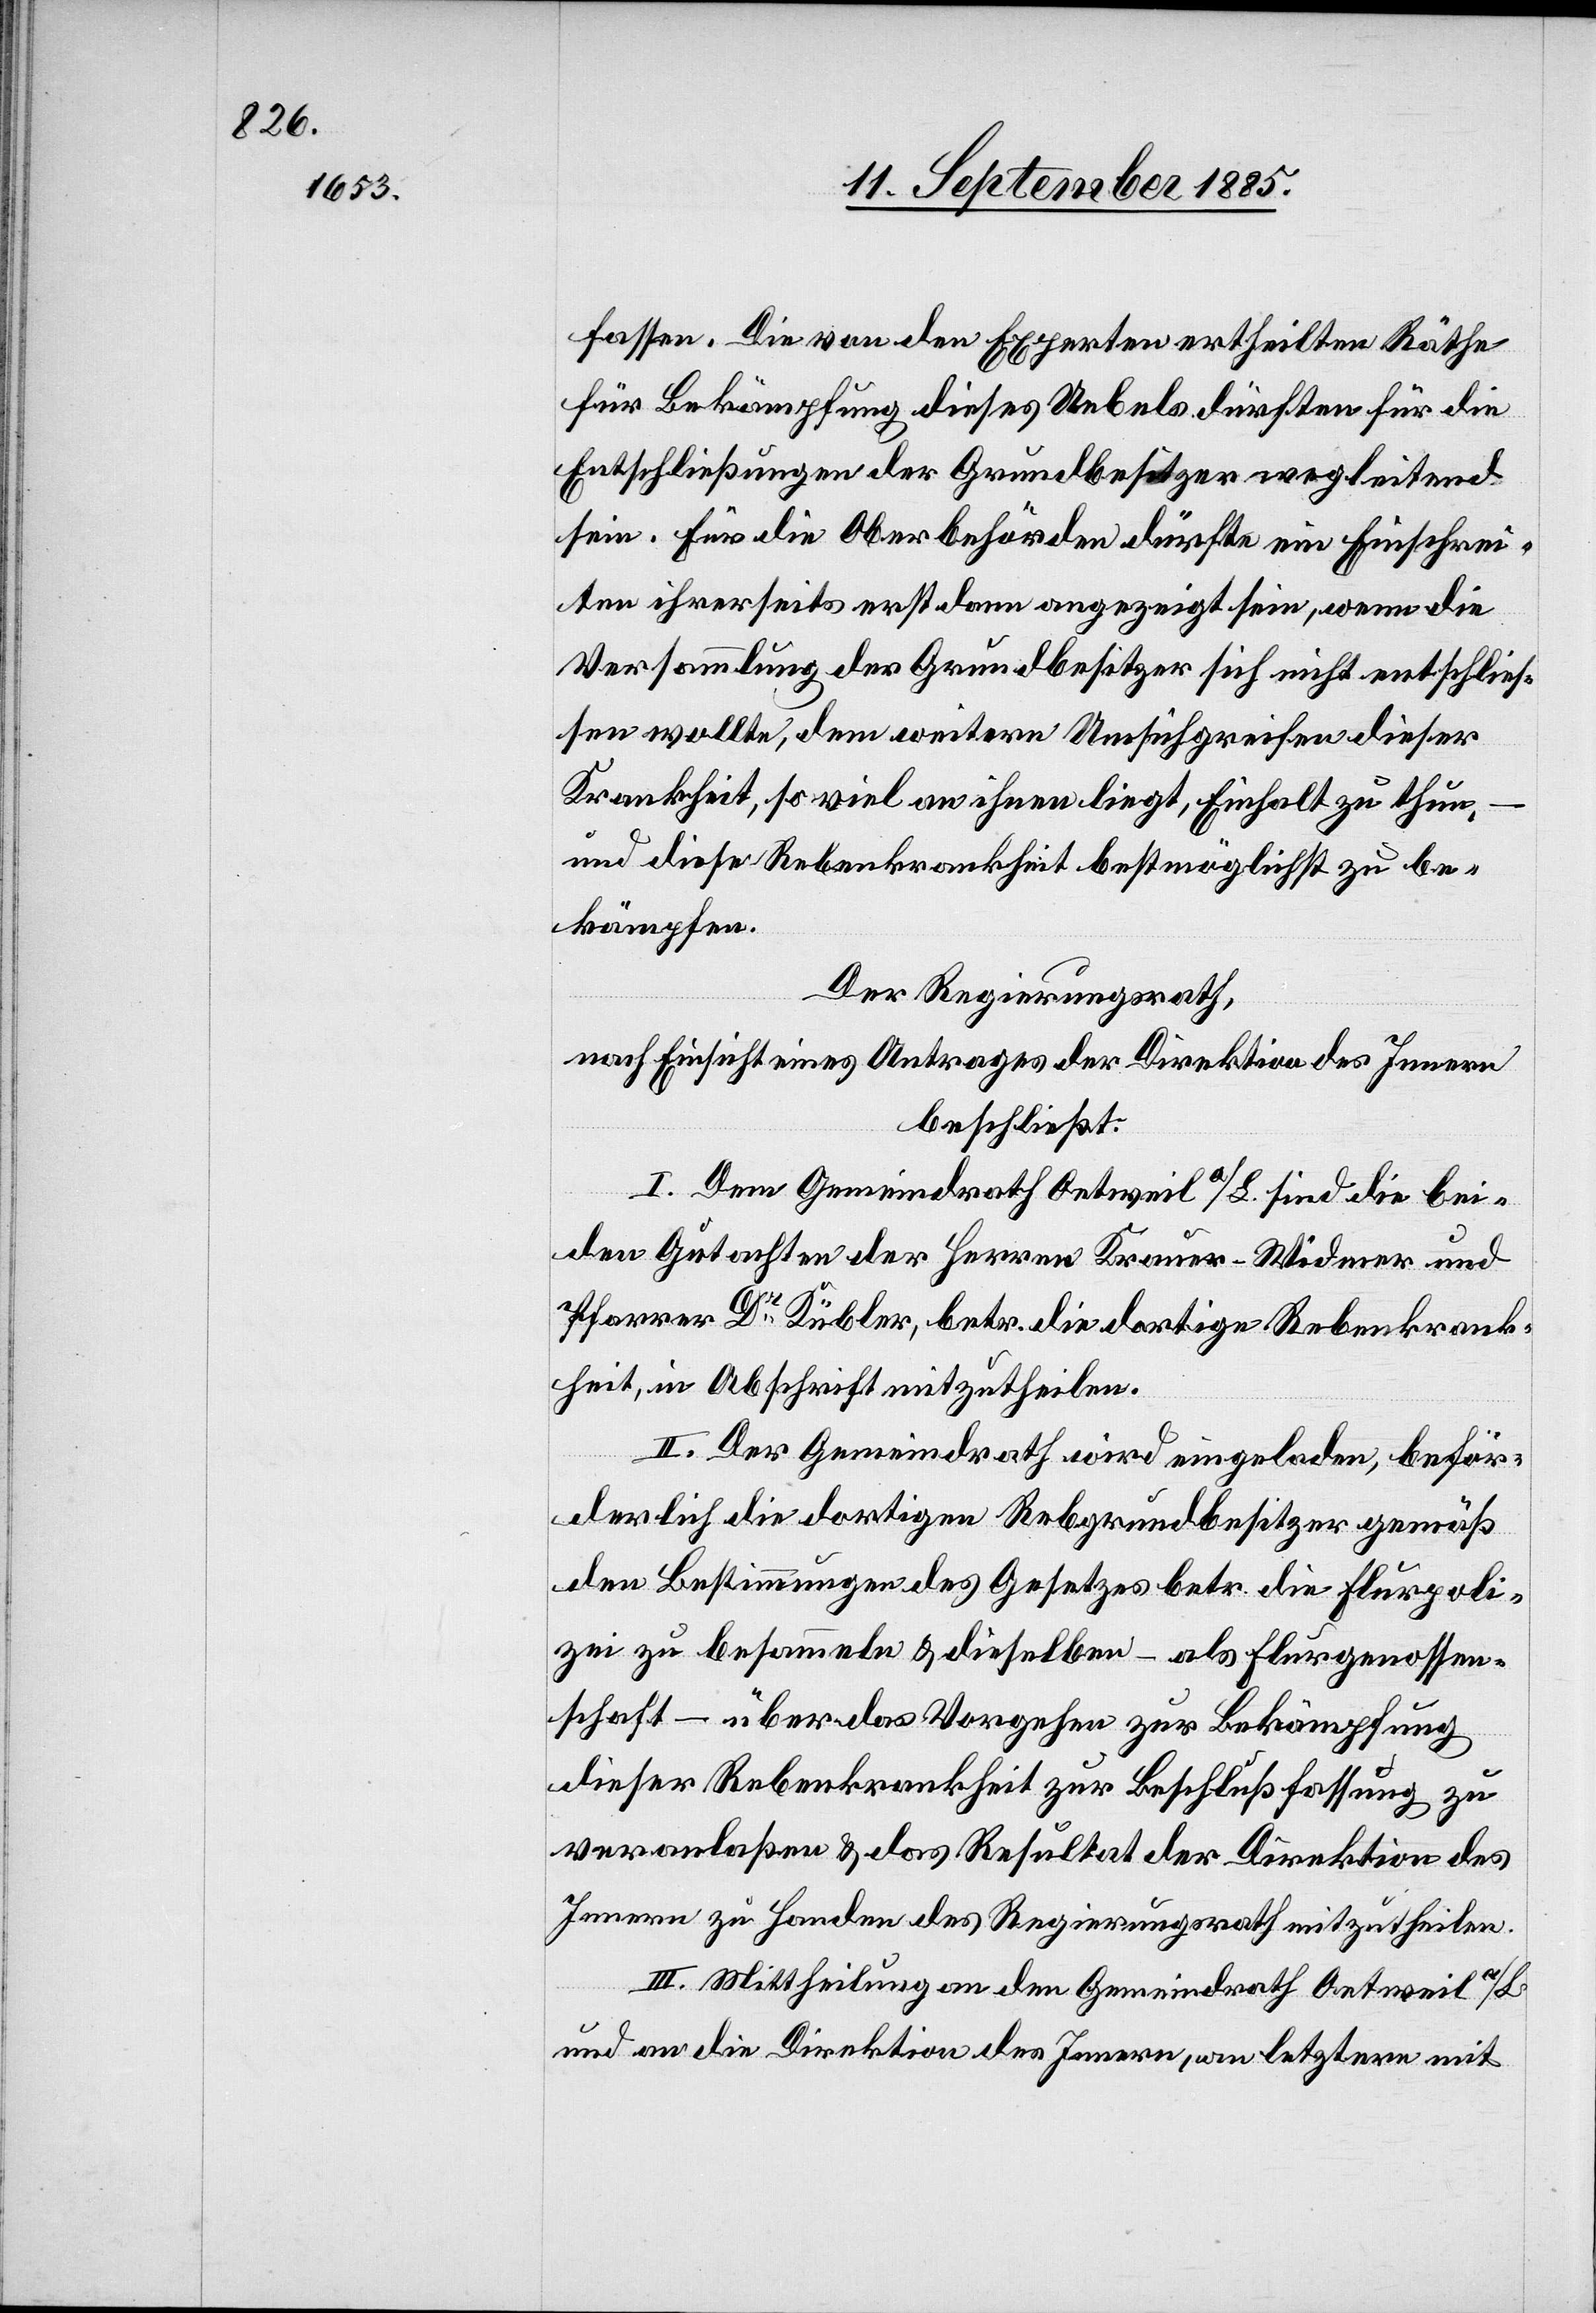
fassen. Die von den Experten ertheilten Räthe
für die Bekämpfung dieses Uebels dürften für die
Entschließungen der Grundbesitzer wegleitend
sein. Für die Oberbehörden dürfte ein Einschrei¬
ten ihrerseits erst dann angezeigt sein, wenn die
Versammlung der Grundbesitzer sich nicht entschlies¬
sen wollte, dem weitern Umsichgreifen dieser
Krankheit, so viel an ihnen liegt, Einhalt zu thun,
und diese Rebenkrankheit bestmöglichst zu be¬
kämpfen.
Der Regierungsrath,
nach Einsicht eines Antrages der Direktion des Innern
beschließt:
I. Dem Gemeindrath Oetweil a/L. sind die bei¬
den Gutachten der Herren Krauer-Widmer und
Pfarrer Dr Kübler, betr. die dortige Rebenkrank¬
heit, in Abschrift mitzutheilen.
II. Der Gemeindrath wird eingeladen, beför¬
derlich die dortigen Rebgrundbesitzer gemäß
den Bestimmungen des Gesetzes betr. die Flurpoli¬
zei zu besammeln & dieselben – als Flurgenossen¬
schaft – über das Vorgehen zur Bekämpfung
dieser Rebenkrankheit zur Beschlußfassung zu
veranlaßen & das Resultat der Direktion des
Innern zu Handen des Regierungsrath mitzutheilen.
III. Mittheilung an den Gemeindrath Oetweil a/L.
und an die Direktion des Innern, an letztern mit